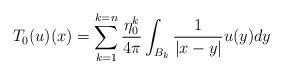
LaTeX: \begin{align*} T_0(u)({x})=\sum_{k=1}^{k=n}\frac{\eta_0^k}{4\pi}\int_{B_k}\frac{1}{|x-y|}u(y)dy\end{align*}